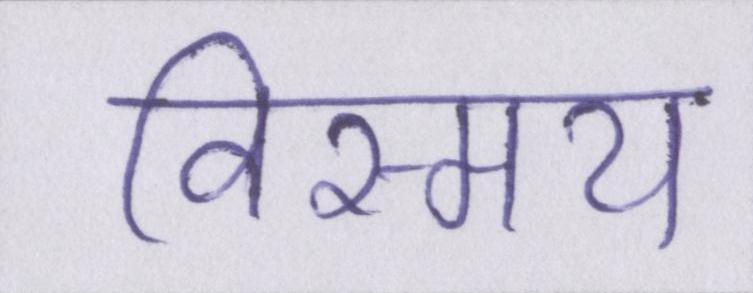
विस्मय